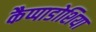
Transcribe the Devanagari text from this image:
कैप्पाडोशिया